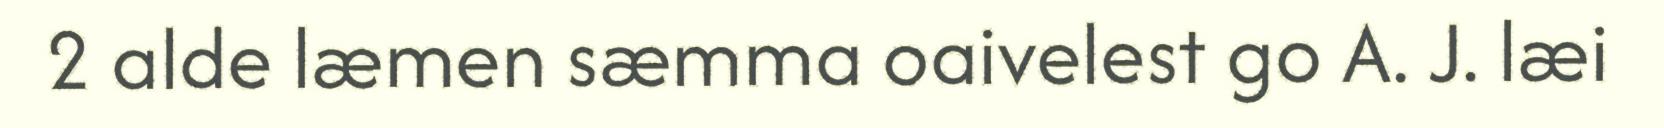
2 alde læmen sæmma oaivelest go A. J. læi